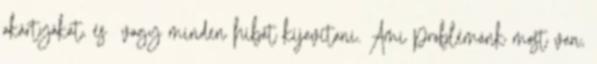
akártyákat, és vagy minden hibát kijavítani. Ami problémánk most van,